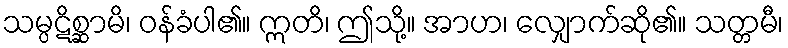
သမ္ပဋိစ္ဆာမိ၊ ဝန်ခံပါ၏။ ဣတိ၊ ဤသို့။ အာဟ၊ လျှောက်ဆို၏။ သတ္တမီ၊